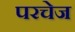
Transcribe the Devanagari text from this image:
परचेज